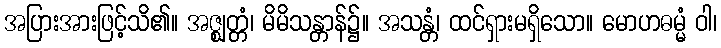
အပြားအားဖြင့်သိ၏။ အဇ္ဈတ္တံ၊ မိမိသန္တာန်၌။ အသန္တံ၊ ထင်ရှားမရှိသော။ မောဟဓမ္မံ ဝါ၊